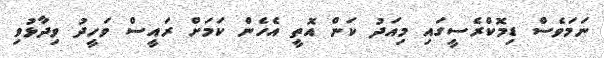
ނަމަވެސް ޑިމޮކްރެސީގައި މިއަދު ކަން އޮތީ އެހެން ކަމަށް ރައީސް ވަހީދު ވިދާޅުވި